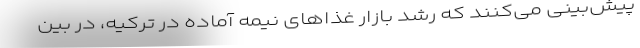
پیش‌بینی می‌کنند که رشد بازار غذاهای نیمه آماده در ترکیه، در بین